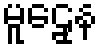
မူဠှေန